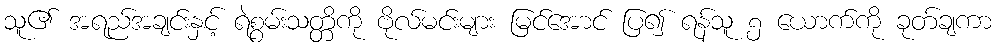
သူ၏ အရည်အချင်းနှင့် ရဲစွမ်းသတ္တိကို ဗိုလ်မင်းများ မြင်အောင် ပြ၍ ရန်သူ ၅ ယောက်ကို ခုတ်ချကာ